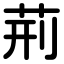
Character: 荊